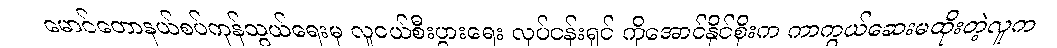
မောင်တောနယ်စပ်ကုန်သွယ်ရေးမှ လူငယ်စီးပွားရေး လုပ်ငန်းရှင် ကိုအောင်နိုင်စိုးက ကာကွယ်ဆေးမထိုးတဲ့လူက